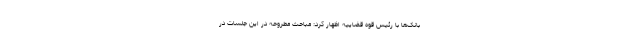
بانک‌ها با رئیس قوه قضاییه اظهار کرد: مباحث مطروحه در این جلسات در